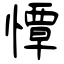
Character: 憛